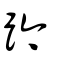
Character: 趻